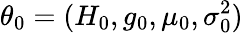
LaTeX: \theta_{0}=(H_{0},g_{0},\mu_{0},\sigma_{0}^{2})